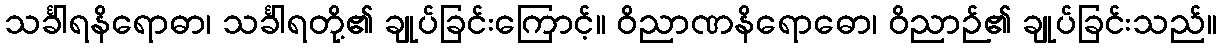
သင်္ခါရနိရောဓာ၊ သင်္ခါရတို့၏ ချုပ်ခြင်းကြောင့်။ ဝိညာဏနိရောဓော၊ ဝိညာဉ်၏ ချုပ်ခြင်းသည်။